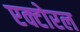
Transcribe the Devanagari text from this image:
एक्टोरल